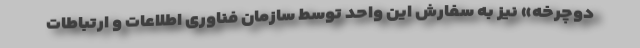
دوچرخه» نیز به سفارش این واحد توسط سازمان فناوری اطلاعات و ارتباطات